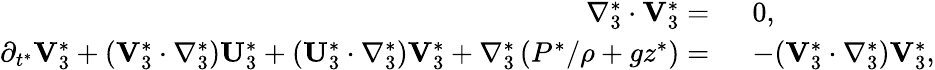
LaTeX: \begin{array}{rl}{\nabla_{3}^{*}\cdot\mathbf{V}_{3}^{*}=~}&{0,}\\ {\partial_{t^{*}}\mathbf{V}_{3}^{*}+(\mathbf{V}_{3}^{*}\cdot\nabla_{3}^{*})\mathbf{U}_{3}^{*}+(\mathbf{U}_{3}^{*}\cdot\nabla_{3}^{*})\mathbf{V}_{3}^{*}+\nabla_{3}^{*}\left(P^{*}/\rho+gz^{*}\right)=~}&{-(\mathbf{V}_{3}^{*}\cdot\nabla_{3}^{*})\mathbf{V}_{3}^{*},}\end{array}